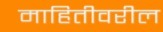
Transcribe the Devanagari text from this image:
माहितीवरील